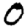
Digit: 0